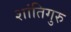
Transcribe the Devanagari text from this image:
शांतिगुरु